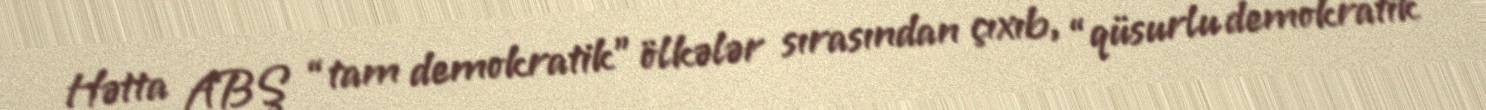
Hətta ABŞ “tam demokratik” ölkələr sırasından çıxıb, “qüsurlu demokratik